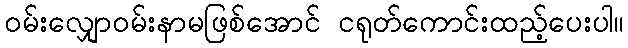
ဝမ်းလျှောဝမ်းနာမဖြစ်အောင် ငရုတ်ကောင်းထည့်ပေးပါ။